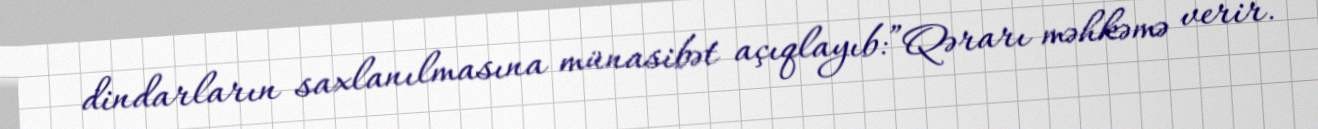
dindarların saxlanılmasına münasibət açıqlayıb:”Qərarı məhkəmə verir.